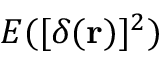
E ( [ \delta ( \mathbf { r } ) ] ^ { 2 } )